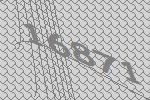
16871